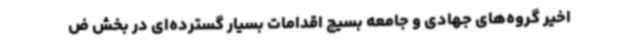
اخیر گروه‌های جهادی و جامعه بسیج اقدامات بسیار گسترده‌ای در بخش ض